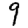
Digit: 9